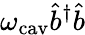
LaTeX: \omega_{\mathrm{cav}}\hat{b}^{\dagger}\hat{b}